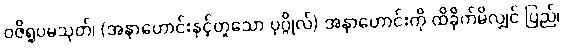
ဝဇိရူပမသုတ်၊ (အနာဟောင်းနှင့်တူသော ပုဂ္ဂိုလ်) အနာဟောင်းကို ထိခိုက်မိလျှင် ပြည်၊